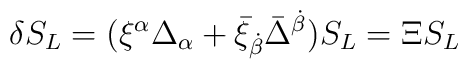
\delta S_{L} = (\xi^{\alpha} \Delta_{\alpha} + \bar{\xi}_{\dot{\beta}} \bar{\Delta}^{\dot{\beta}}) S_{L} = \Xi S_{L}